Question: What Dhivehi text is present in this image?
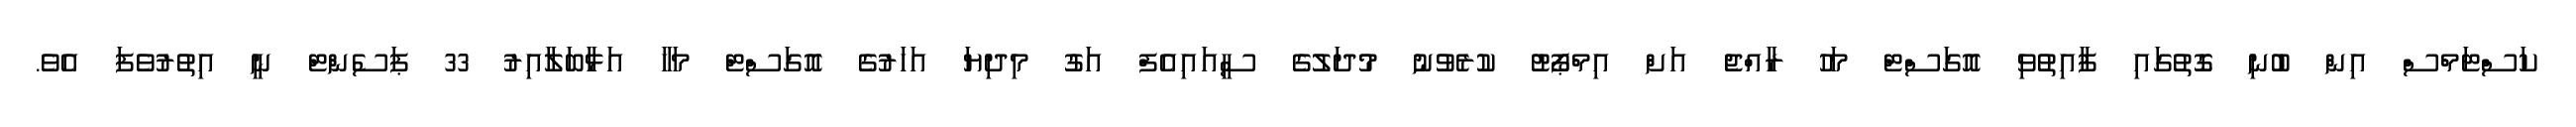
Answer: ކަސްޓަމްސް އިން ބުނި ގޮތުގައި ފާއިތުވި އޮގަސްޓް މަހު ރާއްޖެ އަށް އިމްޕޯޓު ކުރެވުނު މުދަލުގެ ސީއައިއެފް އަގު މިދިޔަ އަހަރުގެ އޮގަސްޓް މަހާ އަޅާބަލާއިރު 33 ޕަސެންޓް ނީ އިތުރުވެފަ އެވެ.